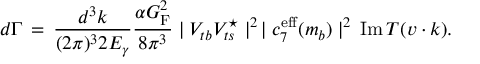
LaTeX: d \Gamma \, = \, { \frac { d ^ { 3 } k } { ( 2 \pi ) ^ { 3 } 2 E _ { \gamma } } } { \frac { \alpha G _ { \mathrm { F } } ^ { 2 } } { 8 \pi ^ { 3 } } } \mid V _ { t b } V _ { t s } ^ { \star } \mid ^ { 2 } \, \mid c _ { 7 } ^ { \mathrm { e f f } } ( m _ { b } ) \mid ^ { 2 } \, \mathrm { I m } \, T ( v \cdot k ) .